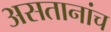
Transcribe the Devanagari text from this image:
असतानांच